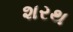
શરથ